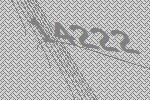
14222